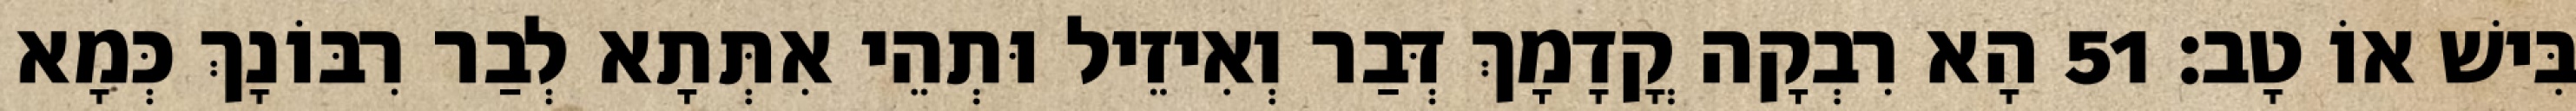
בִּישׁ אוֹ טָב׃ 51 הָא רִבְקָה קֳדָמָךְ דְּבַר וְאִיזֵיל וּתְהֵי אִתְּתָא לְבַר רִבּוֹנָךְ כְּמָא